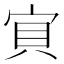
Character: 𱚇